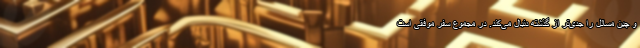
و چین مسائل را جدی‌تر از گذشته دنبال می‌کند. در مجموع سفر موفقی است